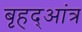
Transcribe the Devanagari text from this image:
बृहद्आंत्र